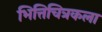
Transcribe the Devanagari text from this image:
भित्तिचित्रकला